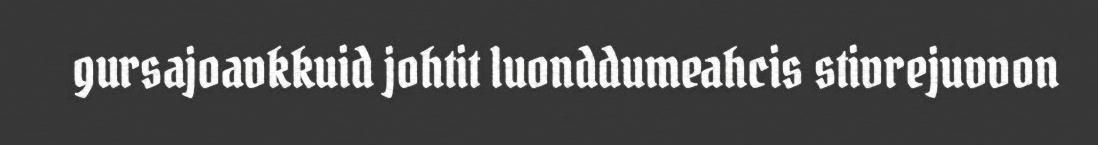
gursajoavkkuid johtit luonddumeahcis stivrejuvvon